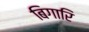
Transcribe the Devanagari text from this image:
बिगारि